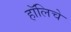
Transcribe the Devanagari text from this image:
हॉलिचे